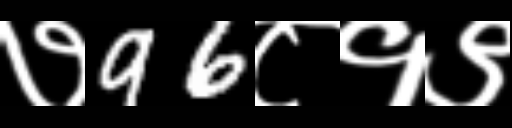
Text: ७96८१९